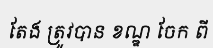
តែង ត្រូវបាន ខណ្ឌ ចែក ពី